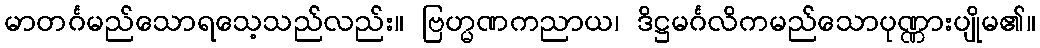
မာတင်္ဂမည်သောရသေ့သည်လည်း။ ဗြဟ္မဏကညာယ၊ ဒိဋ္ဌမင်္ဂလိကမည်သောပုဏ္ဏားပျိုမ၏။